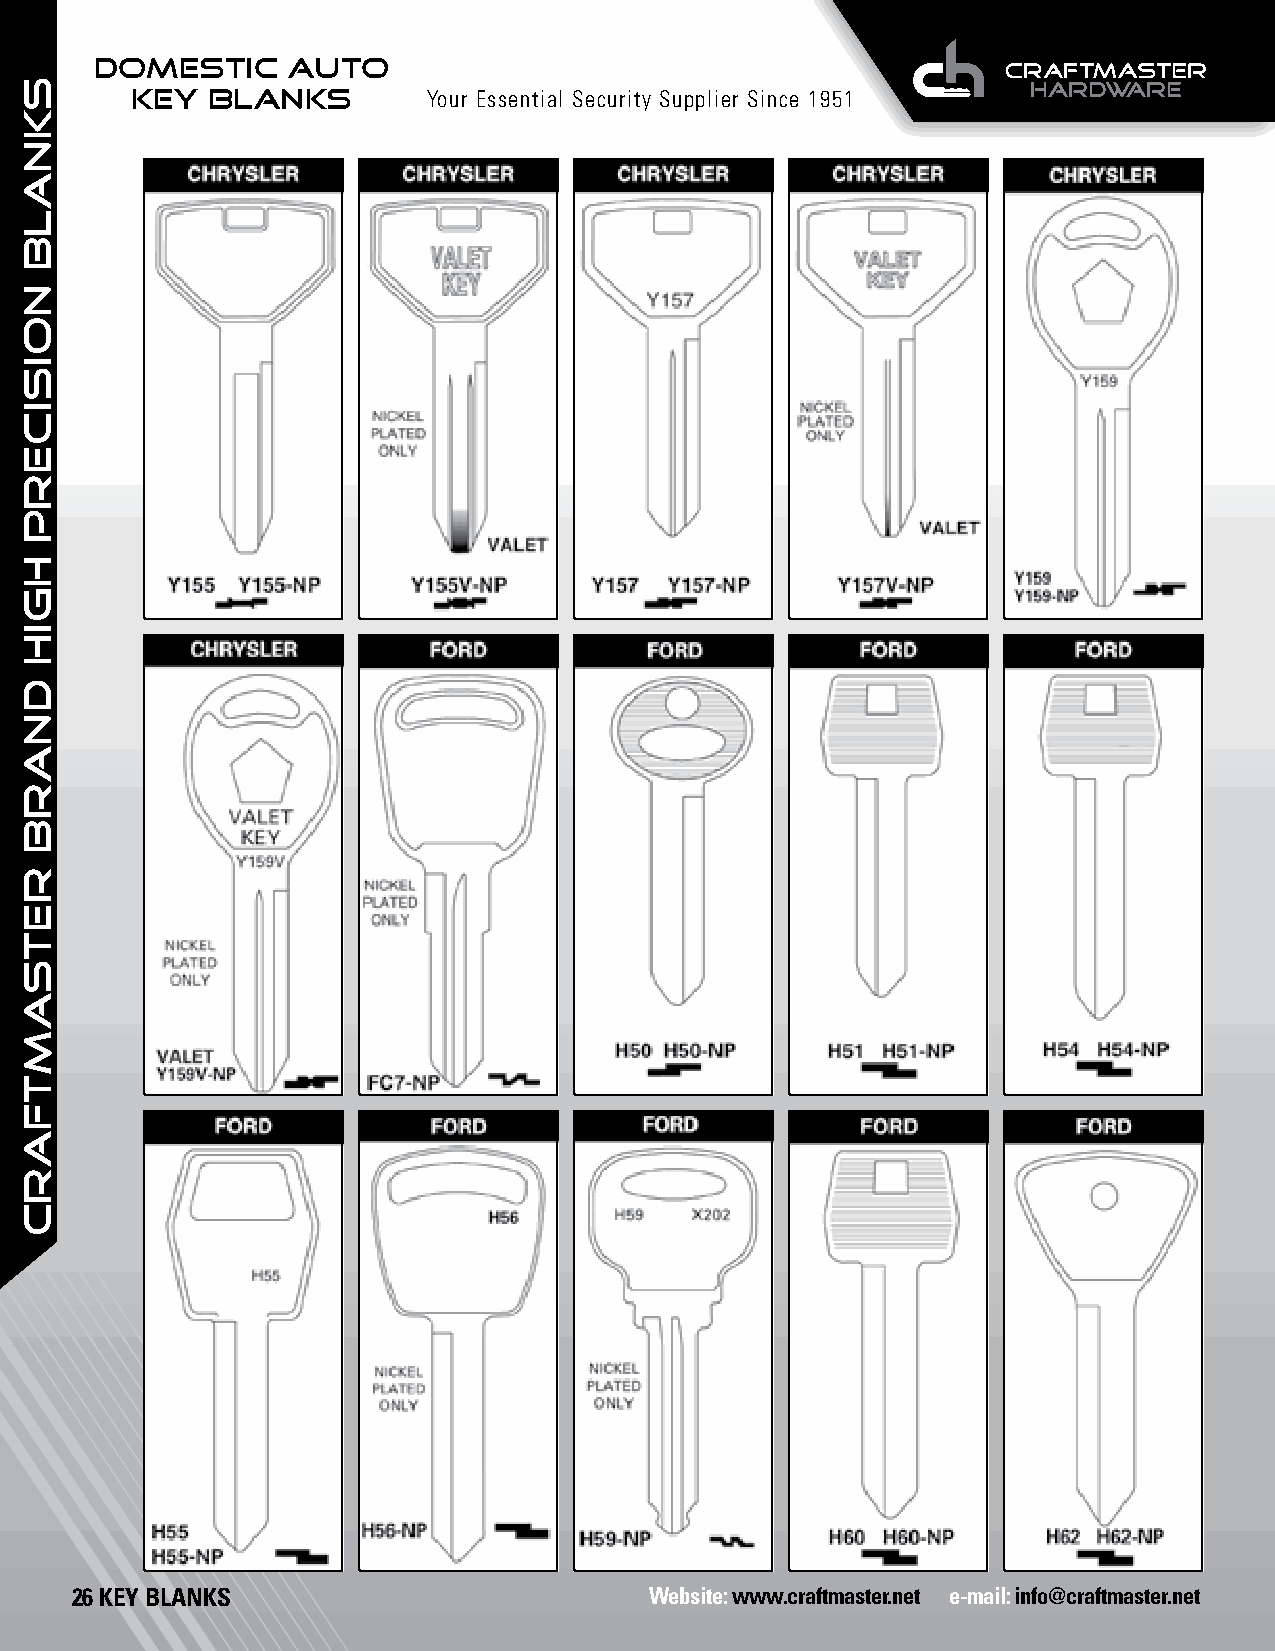
DOMESTIC     AUTO
 KEY  BLANKS        Your Essential Security Supplier Since 1951
 26 KEY BLANKS                         Website: www.craftmaster.net e-mail: info@craftmaster.net
 SKNALB
 NOISICERP
 HGIH
 dnarb
 retsamtfarc